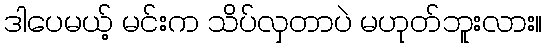
ဒါပေမယ့် မင်းက သိပ်လှတာပဲ မဟုတ်ဘူးလား။